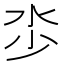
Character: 𣲦